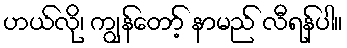
ဟယ်လို၊ ကျွန်တော့် နာမည် လီရန်ပါ။